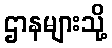
ဌာနများသို့